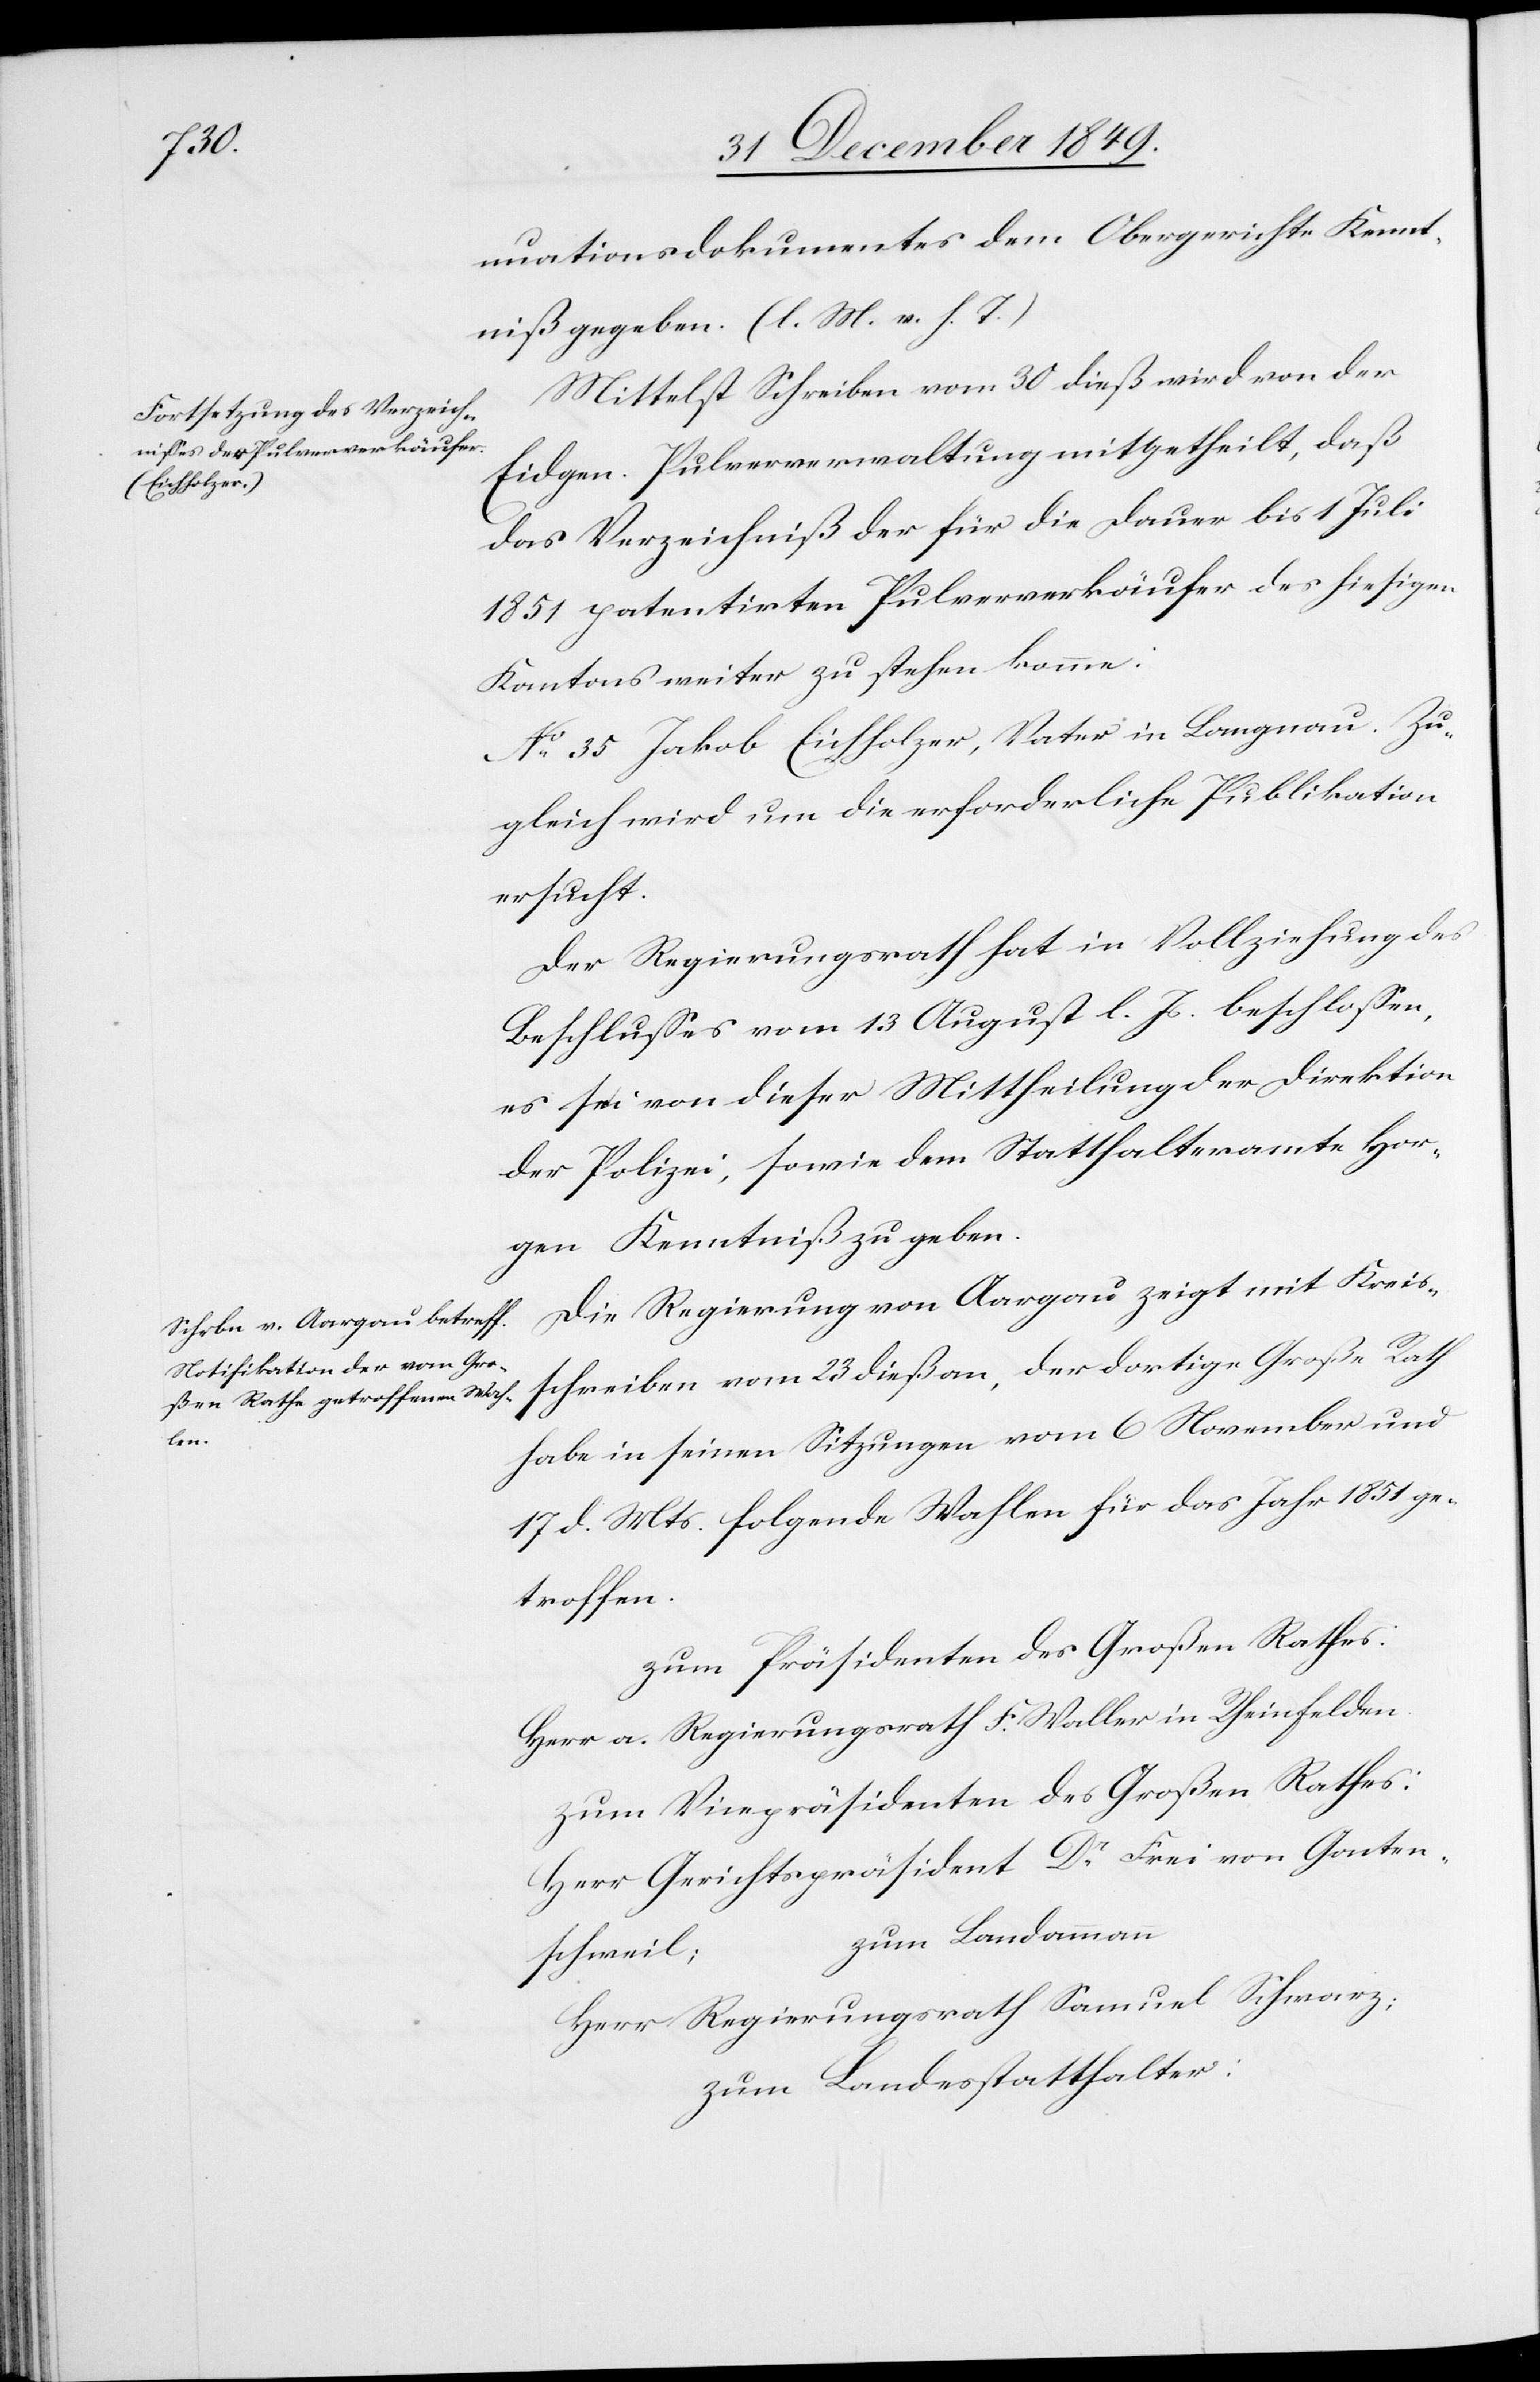
nuationsdokuments dem Obergerichte Kennt¬
niß gegeben. (l. M. v. h. T.)
Mittelst Schreiben vom 30 dieß wird von der
Eidgen. Pulververwaltung mitgetheilt, daß
das Verzeichniß der für die Dauer bis 1 Juli
1851 patentirten Pulververkäufer des hiesigen
Kantons weiter zu stehen komme:
No 35 Jakob Eichholzer, Vater in Langnau. Zu¬
gleich wird um die erforderliche Publikation
ersucht.
Der Regierungsrath hat in Vollziehung des
Beschlusses vom 13 August l. Js. beschlossen,
es sei von dieser Mittheilung der Direktion
der Polizei, sowie dem Statthalteramte Hor¬
gen Kenntniß zu geben.
Die Regierung von Aargau zeigt mit Kreis¬
schreiben vom 23 dieß an, der dortige Große Rath
habe in seinen Sitzungen vom 6 November und
17 d. Mts. folgende Wahlen für das Jahr 1851 ge¬
troffen.
zum Präsidenten des Großen Rathes:
Herr a. Regierungsrath F.Waller in Rheinfelden.
zum Vicepräsidenten des Großen Rathes:
Herr Gerichtspräsident Dr Frei von Ganten¬
zum Landammann
schweil;
Herr Regierungsrath Samuel Schwarz;
zum Landesstatthalter: